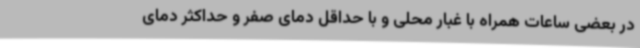
در بعضی ساعات همراه با غبار محلی و با حداقل دمای صفر و حداکثر دمای